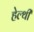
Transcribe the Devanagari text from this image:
हेल्थी